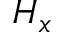
H _ { x }